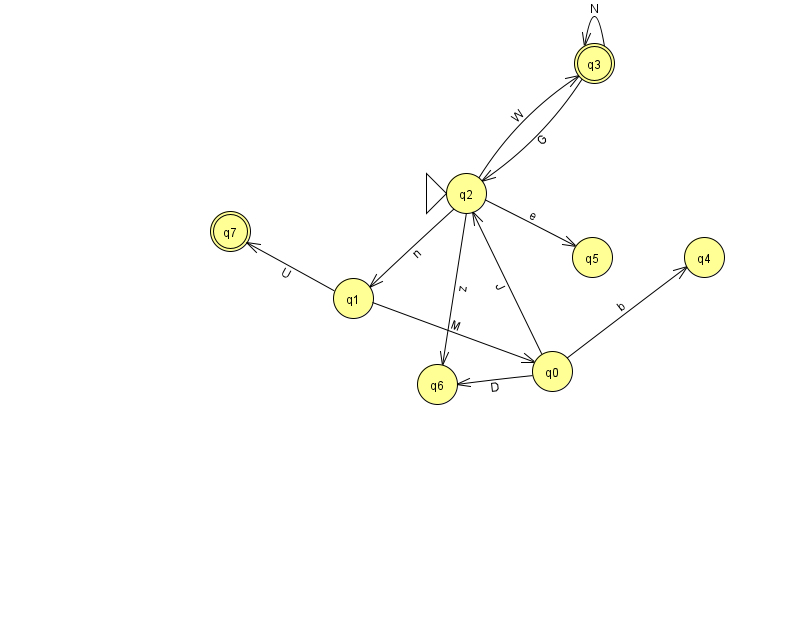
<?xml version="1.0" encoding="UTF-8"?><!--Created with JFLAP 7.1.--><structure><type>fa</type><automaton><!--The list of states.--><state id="0" name="q0"><x>552.0</x><y>358.0</y></state><state id="1" name="q1"><x>353.0</x><y>285.0</y></state><state id="2" name="q2"><x>466.0</x><y>180.0</y><initial/></state><state id="3" name="q3"><x>594.0</x><y>50.0</y><final/></state><state id="4" name="q4"><x>704.0</x><y>244.0</y></state><state id="5" name="q5"><x>592.0</x><y>244.0</y></state><state id="6" name="q6"><x>437.0</x><y>371.0</y></state><state id="7" name="q7"><x>230.0</x><y>218.0</y><final/></state><!--The list of transitions.--><transition><from>2</from><to>1</to><read>n</read></transition><transition><from>1</from><to>0</to><read>M</read></transition><transition><from>2</from><to>3</to><read>W</read></transition><transition><from>3</from><to>2</to><read>G</read></transition><transition><from>2</from><to>6</to><read>z</read></transition><transition><from>1</from><to>7</to><read>U</read></transition><transition><from>2</from><to>5</to><read>e</read></transition><transition><from>0</from><to>6</to><read>D</read></transition><transition><from>0</from><to>2</to><read>J</read></transition><transition><from>3</from><to>3</to><read>N</read></transition><transition><from>0</from><to>4</to><read>b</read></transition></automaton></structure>